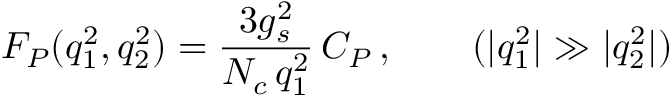
F _ { P } ( q _ { 1 } ^ { 2 } , q _ { 2 } ^ { 2 } ) = \frac { 3 g _ { s } ^ { 2 } } { N _ { c } \, q _ { 1 } ^ { 2 } } \, C _ { P } \, , \qquad ( | q _ { 1 } ^ { 2 } | \gg | q _ { 2 } ^ { 2 } | )